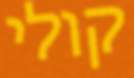
קולי